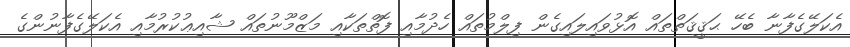
އެކަލޭގެފާނާ ބެހޭ ޙަޤީޤަތްތައް އޮޅުވައިލައިގެން ފިލްމުތައް ހެދުމާއި ފޮތްތަކާއި މަޒްމޫނުތައް ޝާއިޢުކުރުމާއި އެކަލޭގެފާނުންގެ